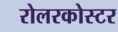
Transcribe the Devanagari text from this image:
रोलरकोस्टर